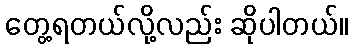
တွေ့ရတယ်လို့လည်း ဆိုပါတယ်။